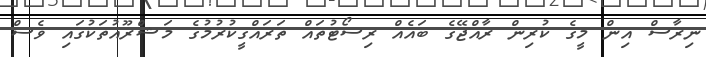
ނިރާސް އިން މީގެ ކުރިން ރާއްޖޭގެ ބައެއް ރިސޯޓުތައް ތަރައްގީކުރުމުގެ މަޝްރޫއުތަކުގައި ވެސް